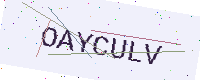
Text: OAYCULV